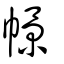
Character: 幜